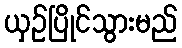
ယှဉ်ပြိုင်သွားမည်